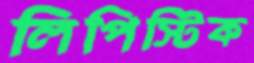
লিপিস্টিক